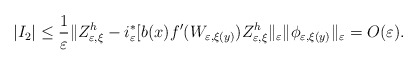
\begin{align*}\left\vert I_{2}\right\vert \leq\frac{1}{\varepsilon}\Vert Z_{\varepsilon,\xi}^{h}-i_{\varepsilon}^{\ast}[b(x)f^{\prime}(W_{\varepsilon,\xi(y)})Z_{\varepsilon,\xi}^{h}\Vert_{\varepsilon}\Vert\phi_{\varepsilon,\xi(y)}\Vert_{\varepsilon}=O(\varepsilon).\end{align*}